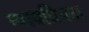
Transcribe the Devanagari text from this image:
न्‍यायप्रियता